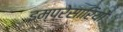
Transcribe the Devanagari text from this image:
इम्प्रेसारियो